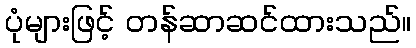
ပုံများဖြင့် တန်ဆာဆင်ထားသည်။